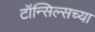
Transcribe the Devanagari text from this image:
टॉन्सिल्सच्या